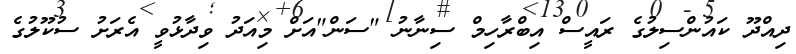
ދިއްދޫ ކައުންސިލުގެ ރައީސް އިބްރާހިމް ސިނާނު "ސަން"އަށް މިއަދު ވިދާޅުވީ އެރަށު ސުކޫލުގެ